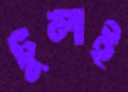
চুলই